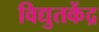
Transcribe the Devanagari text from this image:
विद्युतकेंद्र